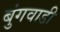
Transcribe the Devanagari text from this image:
बुंगवाडी